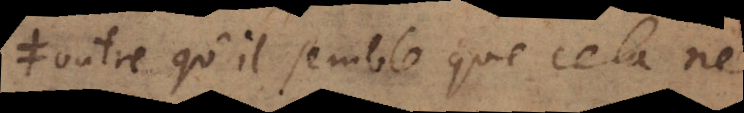
outre qu’il semble que cela ne